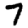
Digit: 7